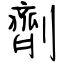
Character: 劑